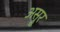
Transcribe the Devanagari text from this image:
अस्रूर